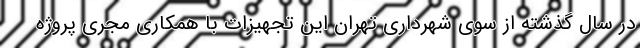
در سال گذشته از سوی شهرداری تهران این تجهیزات با همکاری مجری پروژه